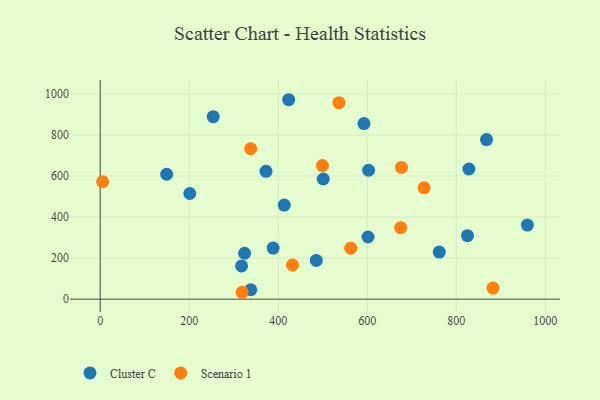
{"axis": {"x": "Ad Spend", "y": "Demand"}, "legend": ["Cluster C", "Scenario 1"], "data": [{"x": "592.5", "y": 855.7, "type": "Cluster C"}, {"x": "485.4", "y": 188.9, "type": "Cluster C"}, {"x": "338.3", "y": 45.7, "type": "Cluster C"}, {"x": "324.4", "y": 223.8, "type": "Cluster C"}, {"x": "825.1", "y": 309.4, "type": "Cluster C"}, {"x": "201.3", "y": 515.0, "type": "Cluster C"}, {"x": "601.6", "y": 303.0, "type": "Cluster C"}, {"x": "149.4", "y": 608.6, "type": "Cluster C"}, {"x": "423.4", "y": 971.9, "type": "Cluster C"}, {"x": "413.5", "y": 458.6, "type": "Cluster C"}, {"x": "254.0", "y": 889.4, "type": "Cluster C"}, {"x": "959.6", "y": 360.9, "type": "Cluster C"}, {"x": "501.1", "y": 585.5, "type": "Cluster C"}, {"x": "372.5", "y": 622.9, "type": "Cluster C"}, {"x": "388.5", "y": 249.0, "type": "Cluster C"}, {"x": "828.2", "y": 634.2, "type": "Cluster C"}, {"x": "867.9", "y": 777.9, "type": "Cluster C"}, {"x": "761.7", "y": 229.2, "type": "Cluster C"}, {"x": "317.6", "y": 161.7, "type": "Cluster C"}, {"x": "602.9", "y": 628.1, "type": "Cluster C"}, {"x": "319.0", "y": 33.5, "type": "Scenario 1"}, {"x": "676.8", "y": 642.2, "type": "Scenario 1"}, {"x": "882.4", "y": 54.2, "type": "Scenario 1"}, {"x": "338.1", "y": 733.1, "type": "Scenario 1"}, {"x": "727.7", "y": 542.5, "type": "Scenario 1"}, {"x": "431.9", "y": 167.0, "type": "Scenario 1"}, {"x": "536.3", "y": 957.7, "type": "Scenario 1"}, {"x": "562.8", "y": 248.3, "type": "Scenario 1"}, {"x": "499.3", "y": 651.0, "type": "Scenario 1"}, {"x": "675.0", "y": 348.3, "type": "Scenario 1"}, {"x": "5.5", "y": 572.5, "type": "Scenario 1"}]}